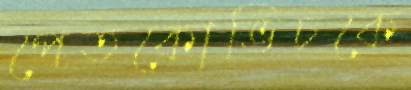
পেতকোভিচকে